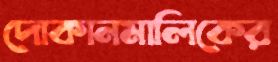
দোকানমালিকের